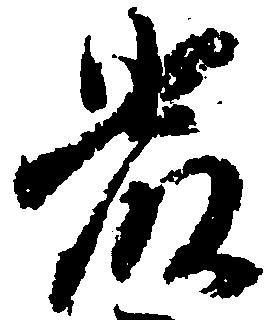
厳